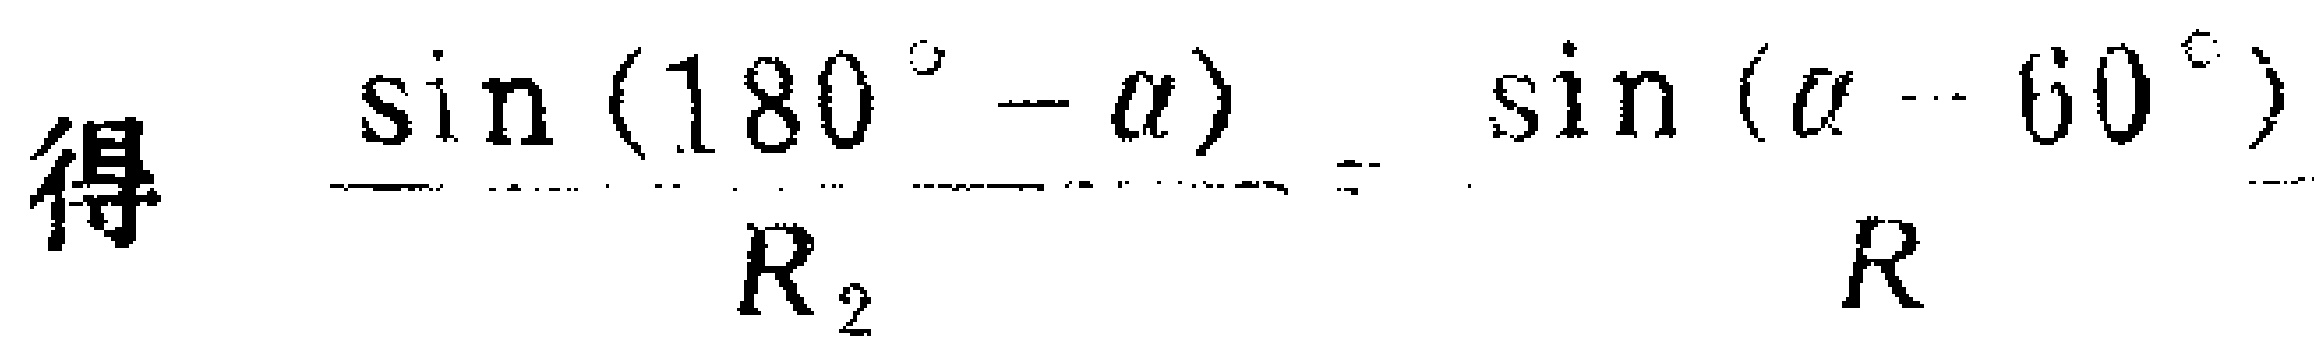
得 \(\frac{\sin(180^{\circ}-\alpha)}{R_{2}} = \frac{\sin(\alpha - 60^{\circ})}{R}\)